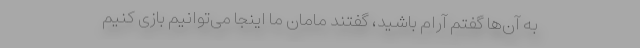
به آن‌ها گفتم آرام باشید، گفتند مامان ما اینجا می‌توانیم بازی کنیم